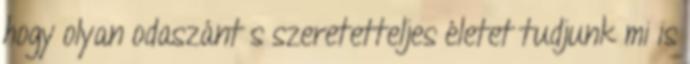
hogy olyan odaszánt s szeretetteljes életet tudjunk mi is